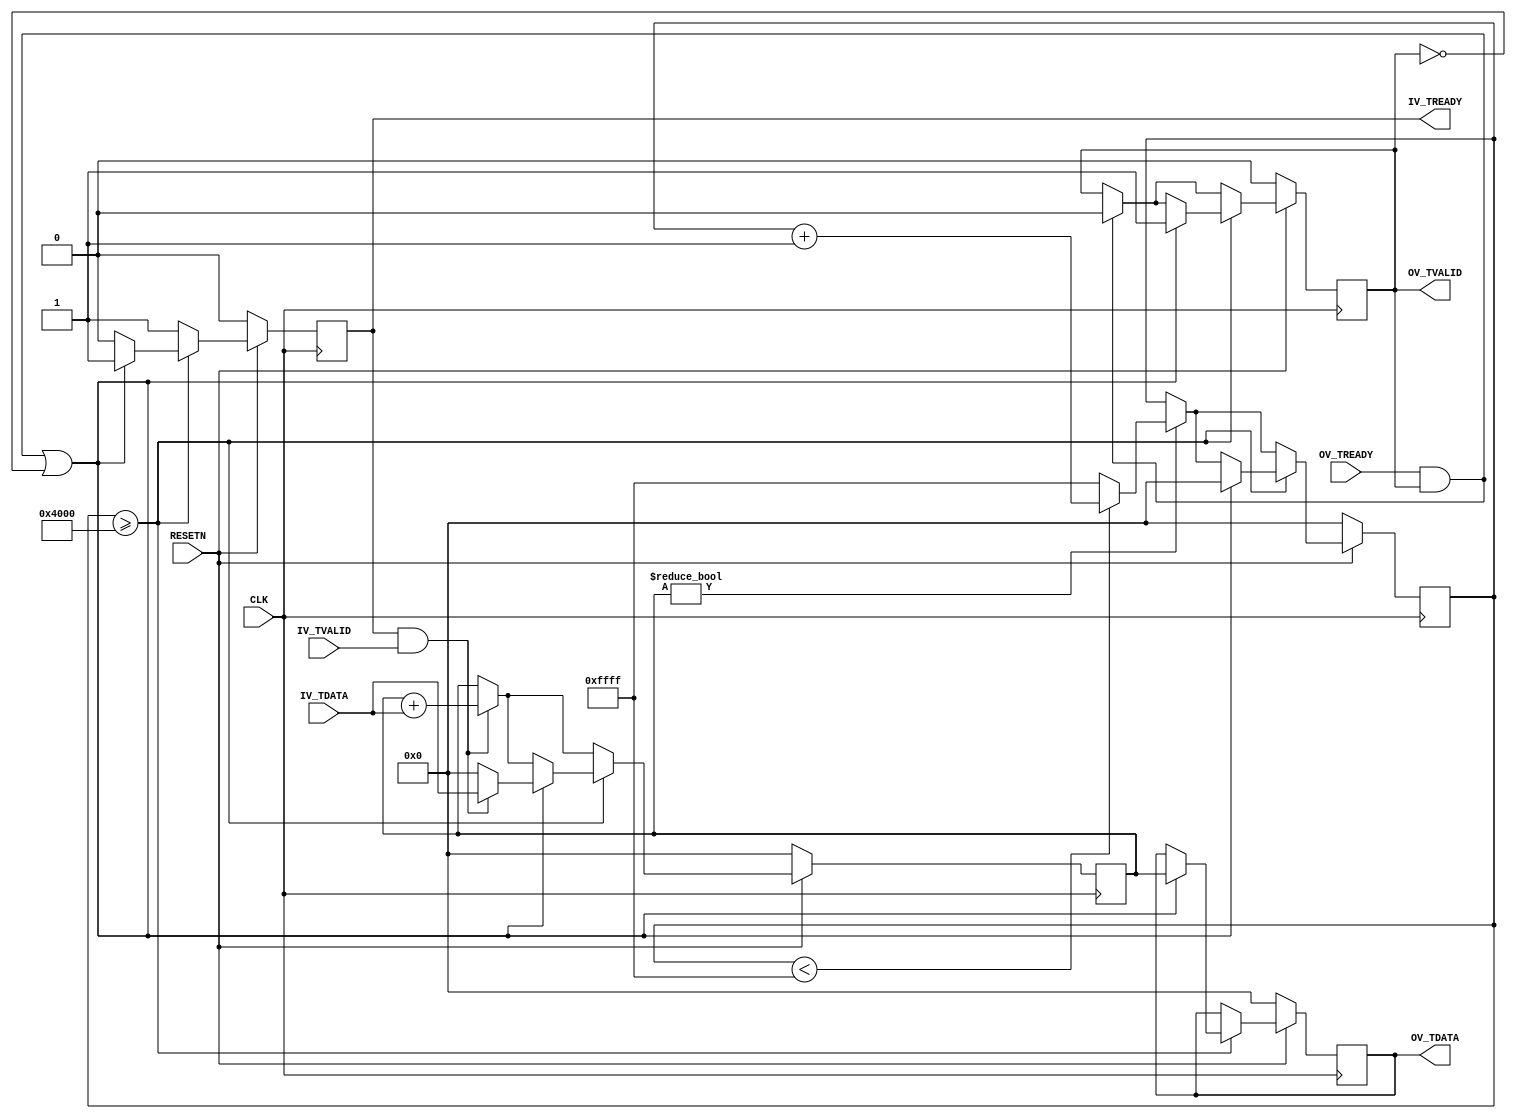

// Copyright (C) Akira Higuchi  ( https://github.com/ahiguti )
// Copyright (C) DeNA Co.,Ltd. ( https://dena.com )
// All rights reserved.
// See COPYRIGHT.txt for details

module groupify_wordcnt(
  CLK, RESETN,
  IV_TDATA, IV_TVALID, IV_TREADY,
  OV_TDATA, OV_TVALID, OV_TREADY);
parameter WIDTH = 16;
localparam TIMER_THR = 16384;
input CLK;
input RESETN;
input [WIDTH-1:0] IV_TDATA;
input IV_TVALID;
output IV_TREADY;
output [WIDTH-1:0] OV_TDATA;
output OV_TVALID;
input OV_TREADY;

reg [WIDTH-1:0] ov_tdata;
reg ov_tvalid;
reg iv_tready;
reg [WIDTH-1:0] wordcnt_sum;
reg [WIDTH-1:0] timer;

assign OV_TDATA = ov_tdata;
assign OV_TVALID = ov_tvalid;
wire ov_hs = OV_TREADY && OV_TVALID;
wire ov_writable = ov_hs || (ov_tvalid == 0);
assign IV_TREADY = iv_tready;
wire iv_hs = IV_TREADY && IV_TVALID;

always @(posedge CLK) begin
  if (!RESETN) begin
    ov_tdata <= 0;
    ov_tvalid <= 0;
    iv_tready <= 0;
    wordcnt_sum <= 0;
    timer <= 0;
  end else begin
    if (ov_hs) begin
      ov_tvalid <= 0;
    end
    if (iv_hs) begin
      wordcnt_sum <= wordcnt_sum + IV_TDATA; // FIXME: check overflow
    end
    if (wordcnt_sum != 0) begin
      timer <= timer < 16'hffff ? timer + 1 : 16'hffff;
    end
    iv_tready <= 1;
    if (timer >= TIMER_THR) begin
      iv_tready <= 0;
      if (ov_writable) begin
        iv_tready <= 1;
        timer <= 0;
        ov_tvalid <= 1;
        ov_tdata <= wordcnt_sum;
        wordcnt_sum <= iv_hs ? IV_TDATA : 0;
      end
    end
  end
end

endmodule